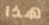
هذا